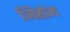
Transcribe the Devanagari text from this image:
जिरोम